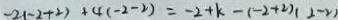
- 2 ( - 2 + 2 ) + 4 ( - 2 - 2 ) = - 2 + k - ( - 2 + 2 ) ( 2 - 2 )